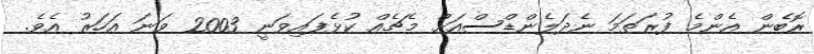
ރޮބެން އެންމެ ފުރަތަމަ ނެދަލެންޑްސްއަށް މެޗެއް ކުޅެފައިވަނީ 2003 ވަނަ އަހަރު އެވެ.